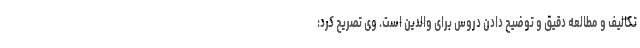
تکالیف و مطالعه دقیق و توضیح دادن دروس برای والدین است. وی تصریح کرد: